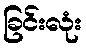
ခြင်းလုံး